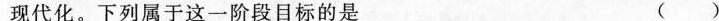
现代化。下列属于这一阶段目标的是 ( )